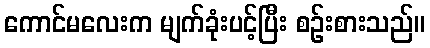
ကောင်မလေးက မျက်ခုံးပင့်ပြီး စဉ်းစားသည်။